Leaving Certificate Examination, 1915
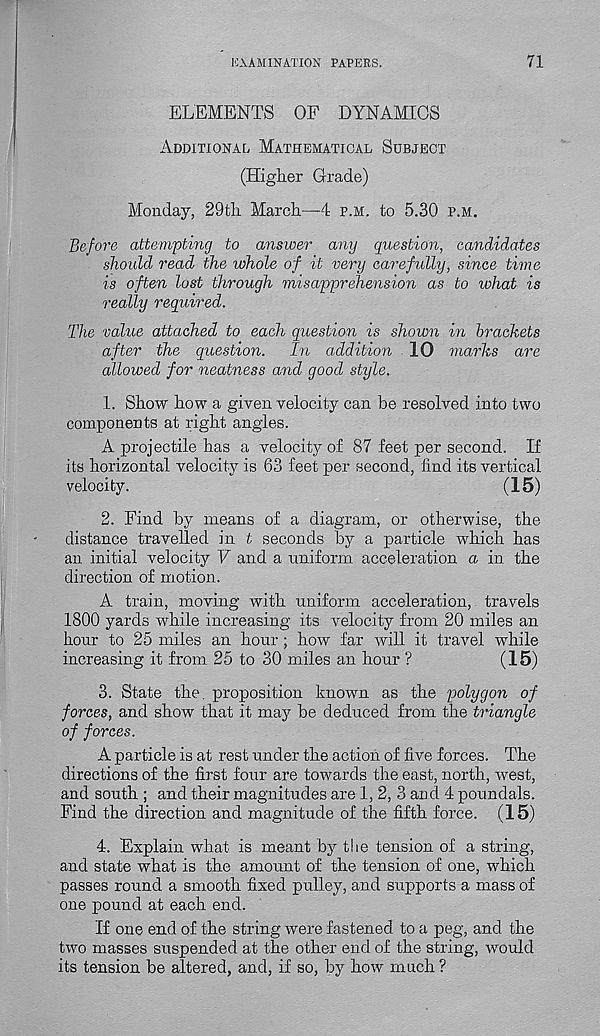
EXAMINATION PAPERS.
71
ELEMENTS OF DYNAMICS
Additional Mathematical Subject
(Higher Grade)
Monday, 29th March—4 p.m. to 5.30 p.m.
Before attempting to answer any question, candidates
should read the whole of it very carefully, since time
is often lost through misapprehension as to what is
really required.
The value attached to each question is shown in brackets
after the question.
In addition . 10 marks are
allowed for neatness and good style.
1. Show how a given velocity can be resolved into two
components at right angles.
A projectile has a velocity of 87 feet per second. If
its horizontal velocity is 63 feet per second, find its vertical
velocity.
(15)
2. Find by means of a diagram, or otherwise, the
distance travelled in t seconds by a particle which has
an initial velocity V and a uniform acceleration a in the
direction of motion.
A train, moving with uniform acceleration, travels
1800 yards while increasing its velocity from 20 miles an
hour to 25 miles an hour ; how far will it travel while
increasing it from 25 to 30 miles an hour ?
(15)
3. State the. proposition known as the polygon of
forces, and show that it may be deduced from the triangle
of forces.
A particle is at rest under the action of five forces. The
directions of the first four are towards the east, north, west,
and south ; and their magnitudes are 1, 2, 3 an d 4 poundals.
Find the direction and magnitude of the fifth force. (15)
4. Explain what is meant by tlie tension of a string,
and state what is the amount of the tension of one, which
passes round a smooth fixed pulley, and supports a mass of
one pound at each end.
If one end of the string were fastened to a peg, and the
two masses suspended at the other end of the string, would
its tension be altered, and, if so, by how much ?